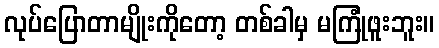
လုပ်ပြောတာမျိုးကိုတော့ တစ်ခါမှ မကြုံဖူးဘူး။